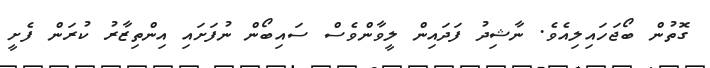
ގޮތުން ބޯޖަހައިލިއެވެ. ނާޝިދު ފަދައިން ލީވާންވެސް ސައިބޯން ނުފަށައި އިންތިޒާރު ކުރަން ފެށީ